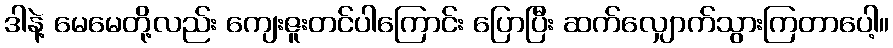
ဒါနဲ့ မေမေတို့လည်း ကျေးဇူးတင်ပါကြောင်း ပြောပြီး ဆက်လျှောက်သွားကြတာပေါ့။